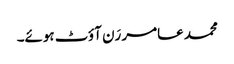
محمد عامر رَن آؤٹ ہوئے۔